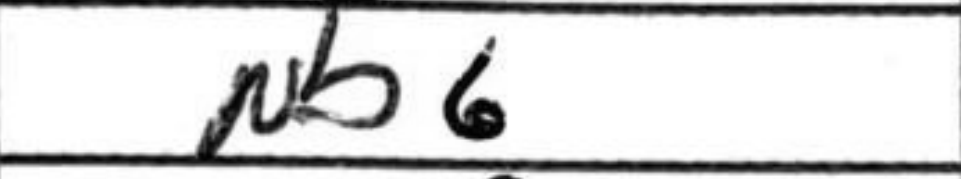
Transcription: Nb6